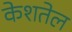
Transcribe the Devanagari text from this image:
केशतेल